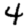
Digit: 4